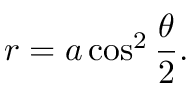
r = a \cos ^ { 2 } { \frac { \theta } { 2 } } .